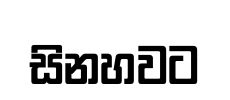
සිනහවට